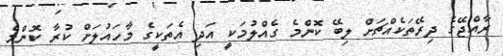
ރާއްޖޭގެ ދިރޭތަކެއްޗަށް ލިބޭ ކޮންމެ ގެއްލުމަކީ އަދި އެތަކީގެ މާހައުލަށް ކުރާ ކޮންމެ